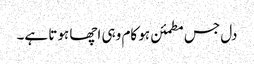
دل جس مطمئن ہو کام وہی اچھا ہوتا ہے۔